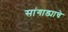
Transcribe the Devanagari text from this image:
सांगाड्याचे